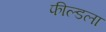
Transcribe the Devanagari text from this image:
फील्डला